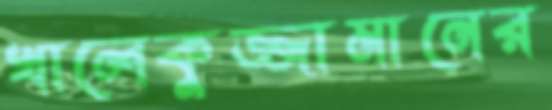
খালেকুজ্জামানের